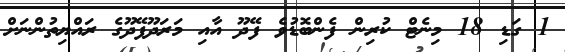
1 ގަޑި 18 މިނެޓް ކުރިން ފެންބޮޑުވެ ފޭދޫ އާއި މަރަދޫފޭދޫގެ ރައްޔިތުންނަށް